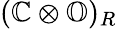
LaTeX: (\mathbb{C}\otimes\mathbb{O})_{R}